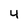
Character: 4